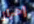
إحراز